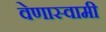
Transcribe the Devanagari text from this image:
वेणास्वामी